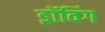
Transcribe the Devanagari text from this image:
ड्रॉविंग